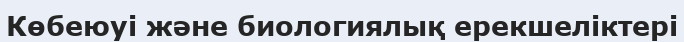
Көбеюуі және биологиялық ерекшеліктері